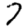
Digit: 7